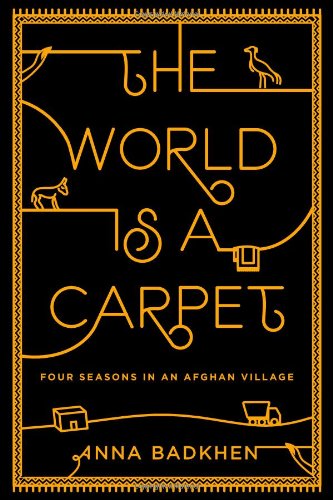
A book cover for The World is a Carpet: Four Seasons in an Afghan Village; Anna Badkhen; Travel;